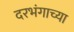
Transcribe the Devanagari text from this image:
दरभंगाच्या